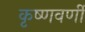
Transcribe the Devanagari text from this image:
कृष्णवर्णी